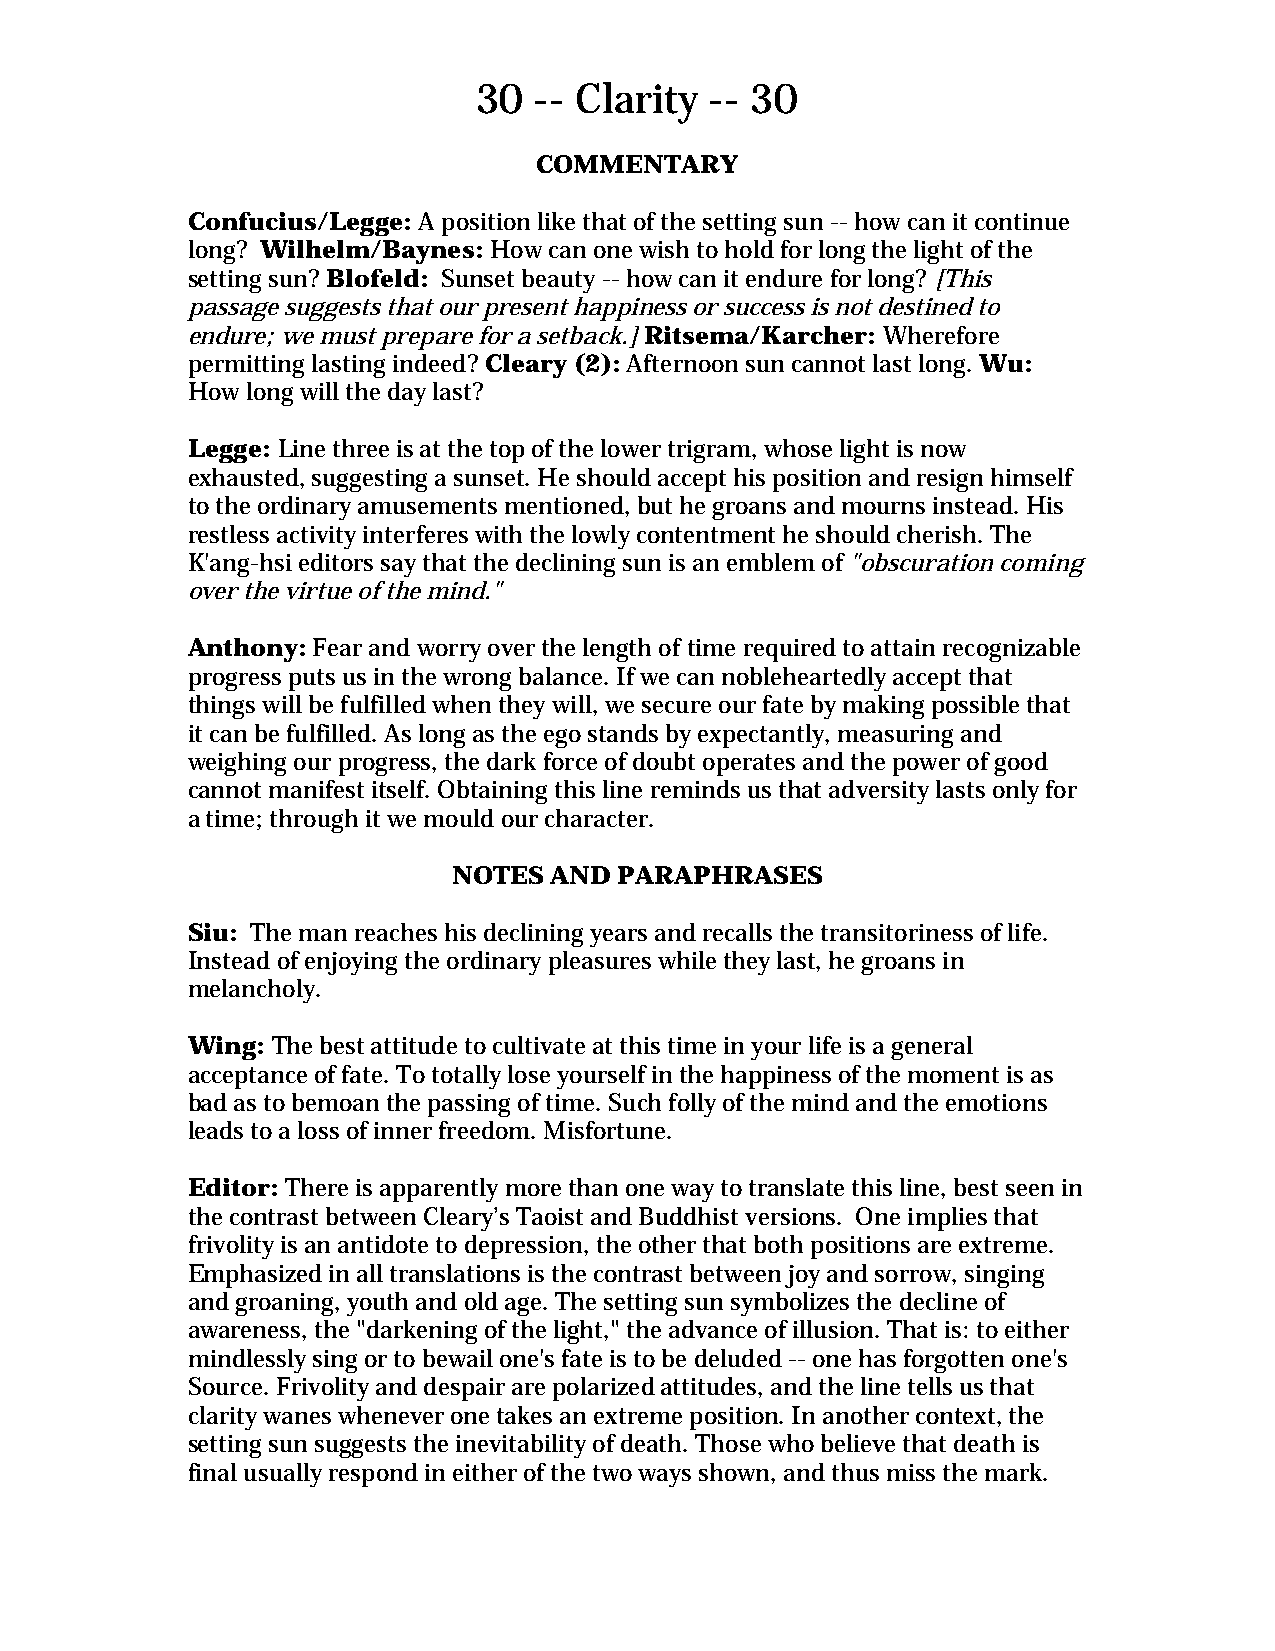
30  -- Clarity  -- 30
 COMMENTARY
 Confucius/Legge: A position like that of the setting sun -- how can it continue
 long? Wilhelm/Baynes: How can one wish to hold for long the light of the
 setting sun? Blofeld: Sunset beauty -- how can it endure for long? [This
 passage suggests that our present happiness or success is not destined to
 endure; we must prepare for a setback.] Ritsema/Karcher: Wherefore
 permitting lasting indeed? Cleary (2): Afternoon sun cannot last long. Wu:
 How long will the day last?
 Legge: Line three is at the top of the lower trigram, whose light is now
 exhausted, suggesting a sunset. He should accept his position and resign himself
 to the ordinary amusements mentioned, but he groans and mourns instead. His
 restless activity interferes with the lowly contentment he should cherish. The
 K'ang-hsi editors say that the declining sun is an emblem of "obscuration coming
 over the virtue of the mind."
 Anthony: Fear and worry over the length of time required to attain recognizable
 progress puts us in the wrong balance. If we can nobleheartedly accept that
 things will be fulfilled when they will, we secure our fate by making possible that
 it can be fulfilled. As long as the ego stands by expectantly, measuring and
 weighing our progress, the dark force of doubt operates and the power of good
 cannot manifest itself. Obtaining this line reminds us that adversity lasts only for
 a time; through it we mould our character.
 NOTES AND  PARAPHRASES
 Siu: The man reaches his declining years and recalls the transitoriness of life.
 Instead of enjoying the ordinary pleasures while they last, he groans in
 melancholy.
 Wing: The best attitude to cultivate at this time in your life is a general
 acceptance of fate. To totally lose yourself in the happiness of the moment is as
 bad as to bemoan the passing of time. Such folly of the mind and the emotions
 leads to a loss of inner freedom. Misfortune.
 Editor: There is apparently more than one way to translate this line, best seen in
 the contrast between Cleary’s Taoist and Buddhist versions. One implies that
 frivolity is an antidote to depression, the other that both positions are extreme.
 Emphasized in all translations is the contrast between joy and sorrow, singing
 and groaning, youth and old age. The setting sun symbolizes the decline of
 awareness, the "darkening of the light," the advance of illusion. That is: to either
 mindlessly sing or to bewail one's fate is to be deluded -- one has forgotten one's
 Source. Frivolity and despair are polarized attitudes, and the line tells us that
 clarity wanes whenever one takes an extreme position. In another context, the
 setting sun suggests the inevitability of death. Those who believe that death is
 final usually respond in either of the two ways shown, and thus miss the mark.